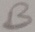
Text: B